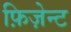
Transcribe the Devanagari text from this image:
फ़िज़ेन्ट